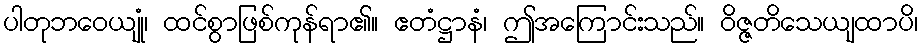
ပါတုဘဝေယျုံ၊ ထင်စွာဖြစ်ကုန်ရာ၏။ ဧတံဋ္ဌာနံ၊ ဤအကြောင်းသည်။ ဝိဇ္ဇတိသေယျထာပိ၊